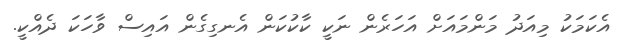
އެކަމަކު މިއަދު މަންމައަށް އަހަރެން ނަކީ ކާކުކަން އެނގިގެން އައިސް ވާހަކަ ދެއްކީ.